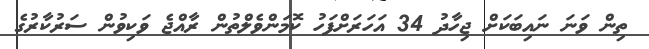
ތިން ވަނަ ނައިބަކަށް ޖިހާދު 34 އަހަރަށްފަހު ކޮމަންވެލްތުން ރާއްޖެ ވަކިވުން ސަރުކާރުގެ